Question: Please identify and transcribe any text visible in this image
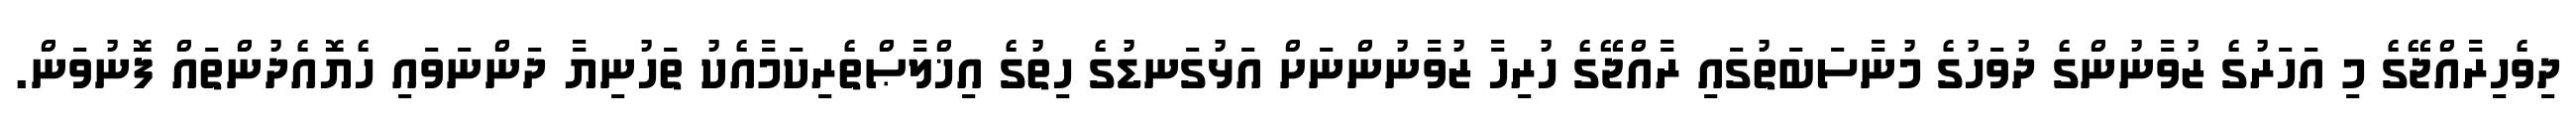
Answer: ދިވެހިރާއްޖޭގެ މި އަހަރުގެ ޒުވާނުންގެ ދުވަހުގެ މުނާސަބަތުގައި ރާއްޖޭގެ ހުރިހާ ޒުވާނުންނަށް އަޅުގަނޑުގެ ހިތުގެ އިޚްލާޞްތެރިކަމާއެކު ތަހުނިޔާ ދަންނަވައި ހެޔޮއެދުންތައް ފޮނުވަން.